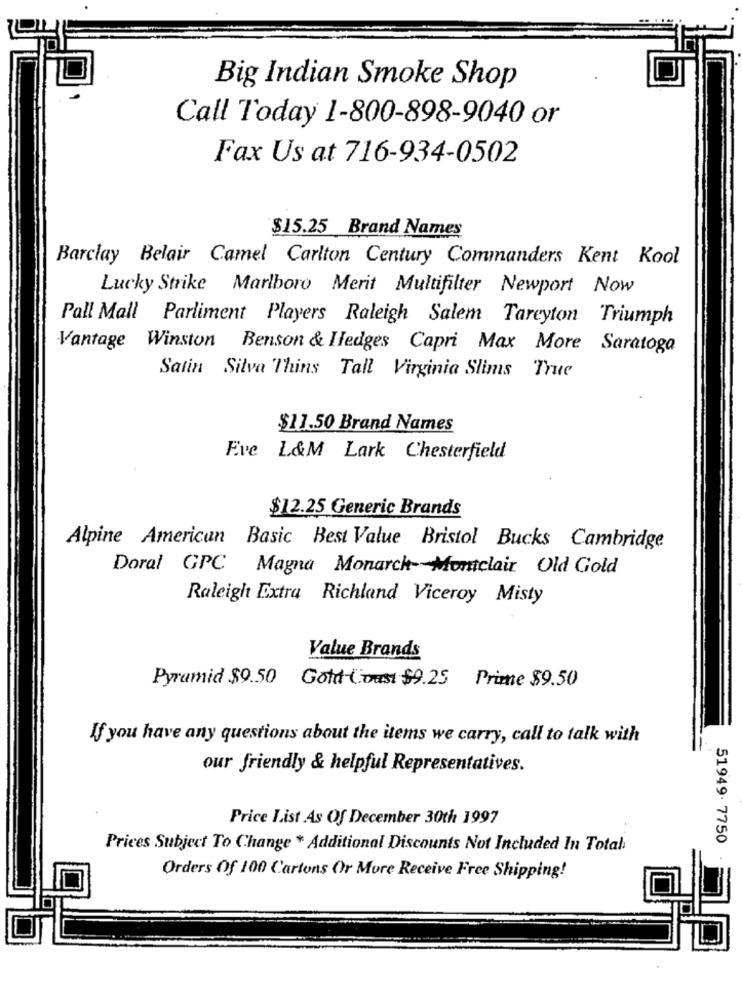
Big Indian Smoke Shop
Call Today 1-800-898-9040 or
Fax Us at 716-934-0502
$15.25 Brand Names
Barclay Belair Camel Carlton Century Commanders Kent Kool
Lucky Strike Marlboro Merit Multifilter Newport Now
Pall Mall Parliment Players Raleigh Salem Tareyton Triumph
Vantage Winston Benson & Hedges Capri Max More Saratoga
Satin Silva Thins Tall Virginia Slims True
$11.50 Brand Names
Eve L&M Lark Chesterfield
$12.25 Generic Brands
Alpine American Basic Best Value Bristol Bucks Cambridge
Doral GPC Magna Monarch- Montclair Old Gold
Raleigh Extra Richland Viceroy Misty
Value Brands
Pyramid $9.50 Gold Coast $9.25 Prime $9.50
If you have any questions about the items we carry, call to talk with
our friendly & helpful Representatives.
Price List As Of December 30th 1997
51949. 7750
Prices Subject To Change * Additional Discounts Not Included In Total
Orders Of 100 Cartons Or More Receive Free Shipping!